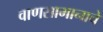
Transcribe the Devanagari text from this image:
वाणसामानाचे